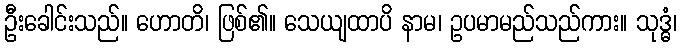
ဦးခေါင်းသည်။ ဟောတိ၊ ဖြစ်၏။ သေယျထာပိ နာမ၊ ဥပမာမည်သည်ကား။ သုဒ္ဓံ၊